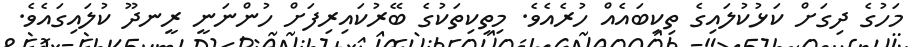
މަހުގެ ދިގަށް ކަޅުކުލައިގެ ތިކިބައެއް ހުރެއެވެ. މިތިކިތަކުގެ ބޭރުކައިރިފަށް ހުންނަނީ ރީނދޫ ކުލައިގައެވެ.